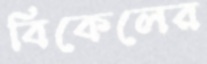
বিকেলের